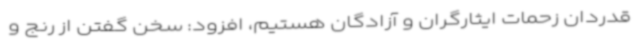
قدردان زحمات ایثارگران و آزادگان هستیم، افزود: سخن گفتن از رنج و